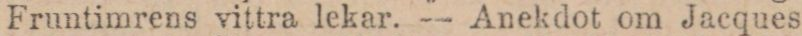
Fruntimrens vittra lekar. — Anekdot om Jacques